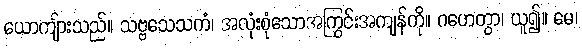
ယောကျ်ားသည်။ သဗ္ဗသေသကံ၊ အလုံးစုံသောအကြွင်းအကျန်ကို။ ဂဟေတွာ၊ ယူ၍။ မေ၊